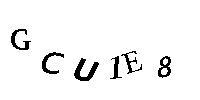
GCU1E8